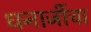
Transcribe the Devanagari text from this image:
धनाजींचा